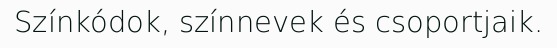
Színkódok, színnevek és csoportjaik.